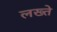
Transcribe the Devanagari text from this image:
लख्ते